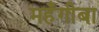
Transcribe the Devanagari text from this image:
महँगीबा